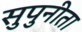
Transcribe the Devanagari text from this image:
सुपुनीता